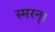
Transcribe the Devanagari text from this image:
स्मरन्‌।